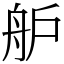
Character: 舮